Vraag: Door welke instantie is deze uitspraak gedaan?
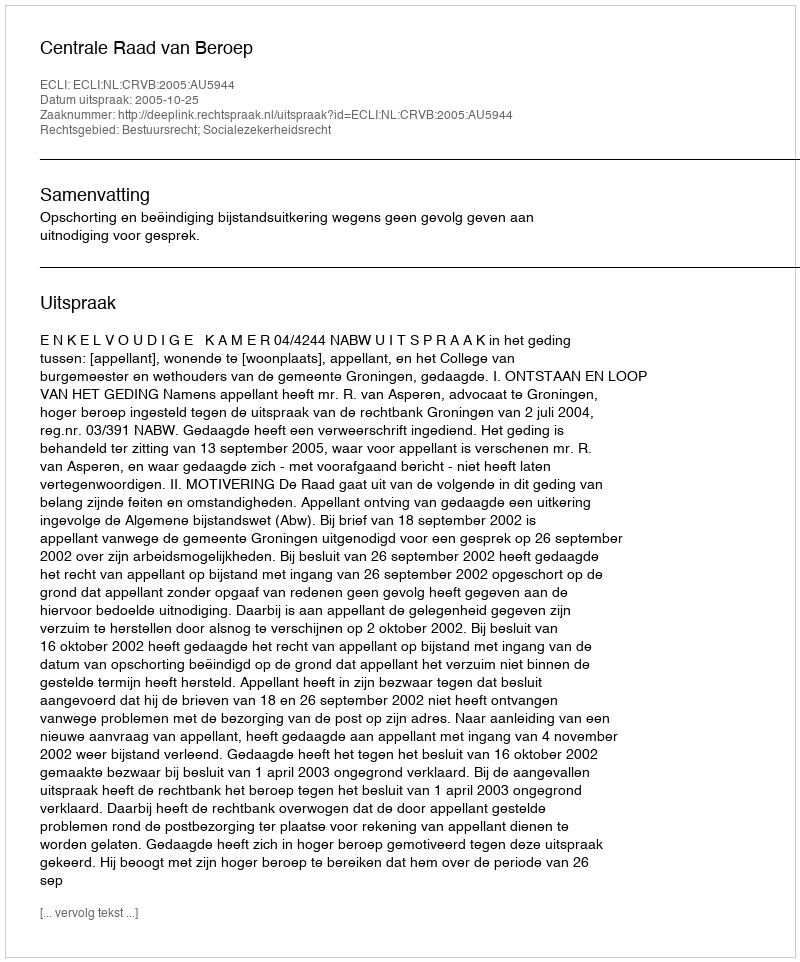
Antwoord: Centrale Raad van Beroep